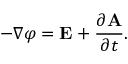
- \nabla \varphi = \mathbf { E } + { \frac { \partial \mathbf { A } } { \partial t } } .